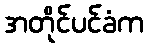
အတိုင်ပင်ခံက